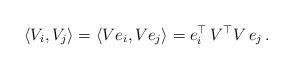
LaTeX: \begin{align*}\langle V_i,V_j \rangle = \langle Ve_i,Ve_j \rangle = e_i^\top \, V^\top V \, e_j \, . \end{align*}